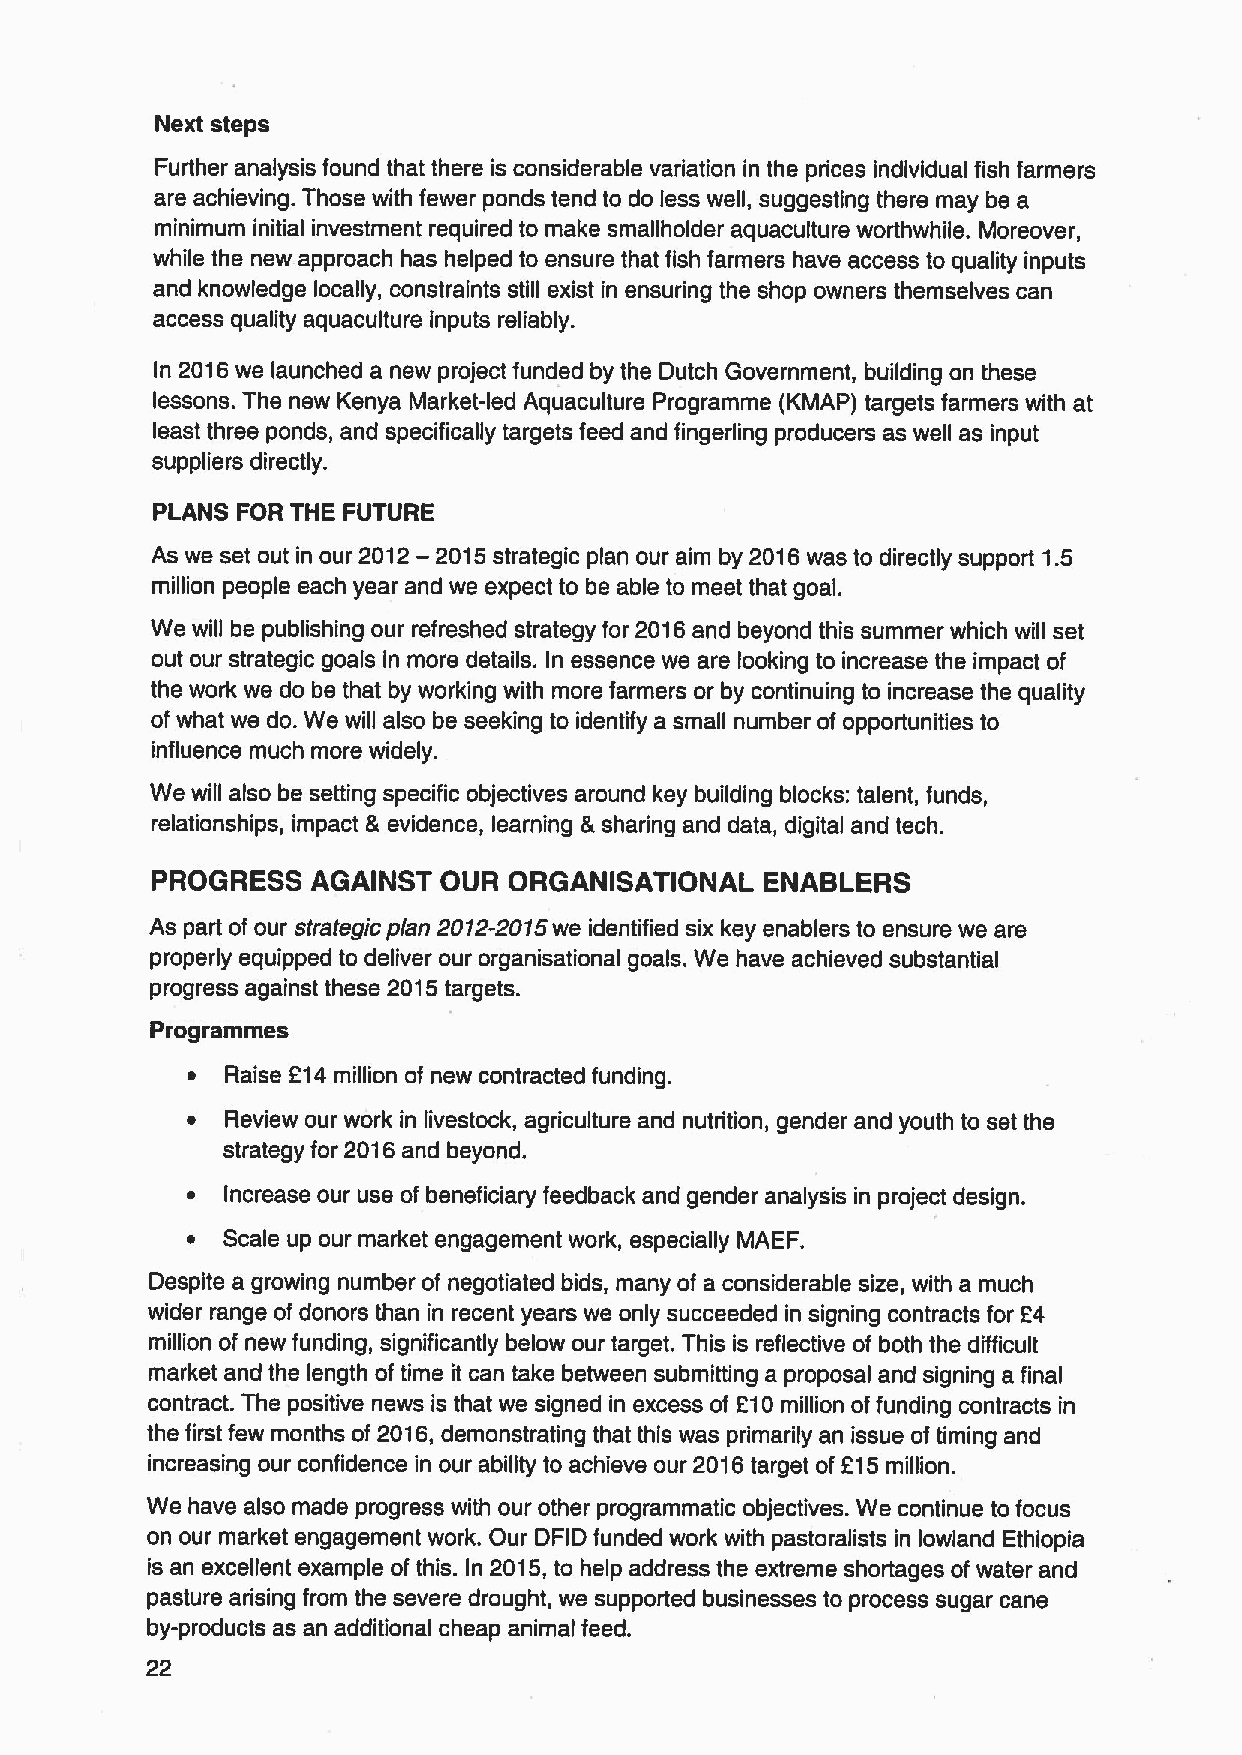
Next steps
 Further analysis found that there is considerable variation in the prices individual fish farmers
 are achieving. Those with fewer ponds tend to do less well, suggesting there may be a
 minimum initial investment required to make smallholder aquaculture worthwhile. Moreover,
 while the new approach has helped to ensure that fish farmers have access to quality inputs
 and knowledge locally, constraints still exist in ensuring the shop owners themselves can
 access quality aquaculture inputs reliably.
 In 2016we launched a new project funded by the Dutch Government, building on these
 lessons. The new Kenya Market-led Aquaculture Programme (KMAP) targets farmers with at
 least three ponds, and specifically targets feed and fingerling producers as well as input
 suppliers directly.
 PLANS FOR THE FUTURE
 As we set out in our 2012—2015strategic plan our aim by 2016was to directly support 1.5
 million people each year and we expect to be able to meet that goal.
 We will be publishing our refreshed strategy for 2016and beyond this summer which will set
 out our strategic goals in more details. In essence we are looking to increase the impact of
 the work we do be that by working with more farmers or by continuing to increase the quality
 of what we do. We will also be seeking to identify a small number of opportunities to
 influence much more widely.
 We will also be setting specific objectives around key building blocks: talent, funds,
 relationships, impact & evidence, learning &sharing and data, digital and tech.
 PROGRESS   AGAINST OUR  ORGANISATIONAL   ENABLERS
 As part of our strategic plan 2012-2015we identified six key enablers to ensure we are
 properly equipped to deliver our organisational goals. We have achieved substantial
 progress against these 2015targets.
 Programmes
 ~  Raise 214million of new contracted funding.
 ~  Review our work in livestock, agriculture and nutrition, gender and youth to set the
 strategy for 2016and beyond.
 ~  Increase our use of beneficiary feedback and gender analysis in project design.
 ~  Scale up our market engagement work, especially MAEF.
 Despite a growing number of negotiated bids, many of a considerable size, with a much
 wider range of donors than in recent years we only succeeded in signing contracts for 24
 million of new funding, significantly below our target. This is reflective of both the difficult
 market and the length of time it can take between submitting a proposal and signing a final
 contract. The positive news is that we signed in excess of 210million offunding contracts in
 the first few months of 2016,demonstrating that this was primarily an issue of timing and
 increasing our confidence in our ability to achieve our 2016target of 215million.
 We have also made progress with our other programmatic objectives. We continue to focus
 on our market engagement work. Our DFID funded work with pastoralists in lowland Ethiopia
 is an excellent example of this. In 2015,to help address the extreme shortages of water and
 pasture arising from the severe drought, we supported businesses to process sugar cane
 by-products as an additional cheap animal feed.
 22